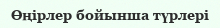
Өңірлер бойынша түрлері